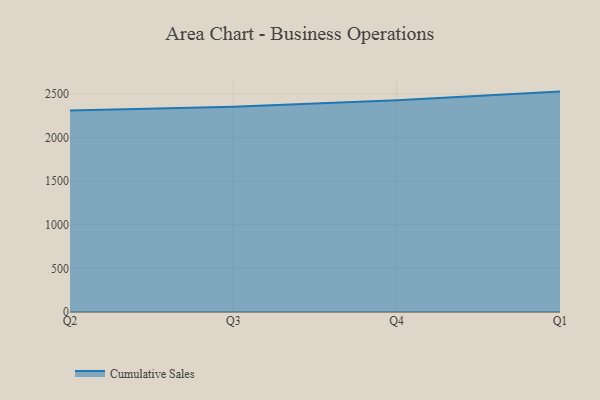
{"axis": {"x": "Quarter", "y": "Waste Production (Tons)"}, "legend": ["Cumulative Sales"], "data": [{"x": "Q2", "y": 2311.1, "type": "Cumulative Sales"}, {"x": "Q3", "y": 2353.3, "type": "Cumulative Sales"}, {"x": "Q4", "y": 2427.5, "type": "Cumulative Sales"}, {"x": "Q1", "y": 2527.2, "type": "Cumulative Sales"}]}